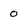
Character: 0